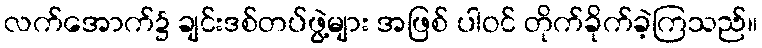
လက်အောက်၌ ချင်းဒစ်တပ်ဖွဲ့များ အဖြစ် ပါဝင် တိုက်ခိုက်ခဲ့ကြသည်။